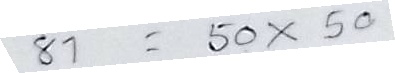
81 = 50 x 50